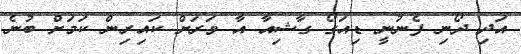
އަދި ދޯނި ފެނުނީ ޑިއަގޯ ގާޝިއާ އާ ވަރަށް ކައިރިން ކަމަށް ބުނެ